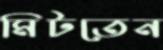
মিটতেন